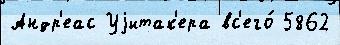
Андр'еас Уjитак'ера вс'его́ 5862